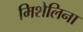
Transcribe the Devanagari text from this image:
मिशेलिना